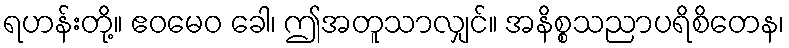
ရဟန်းတို့။ ဧဝမေဝ ခေါ၊ ဤအတူသာလျှင်။ အနိစ္စသညာပရိစိတေန၊